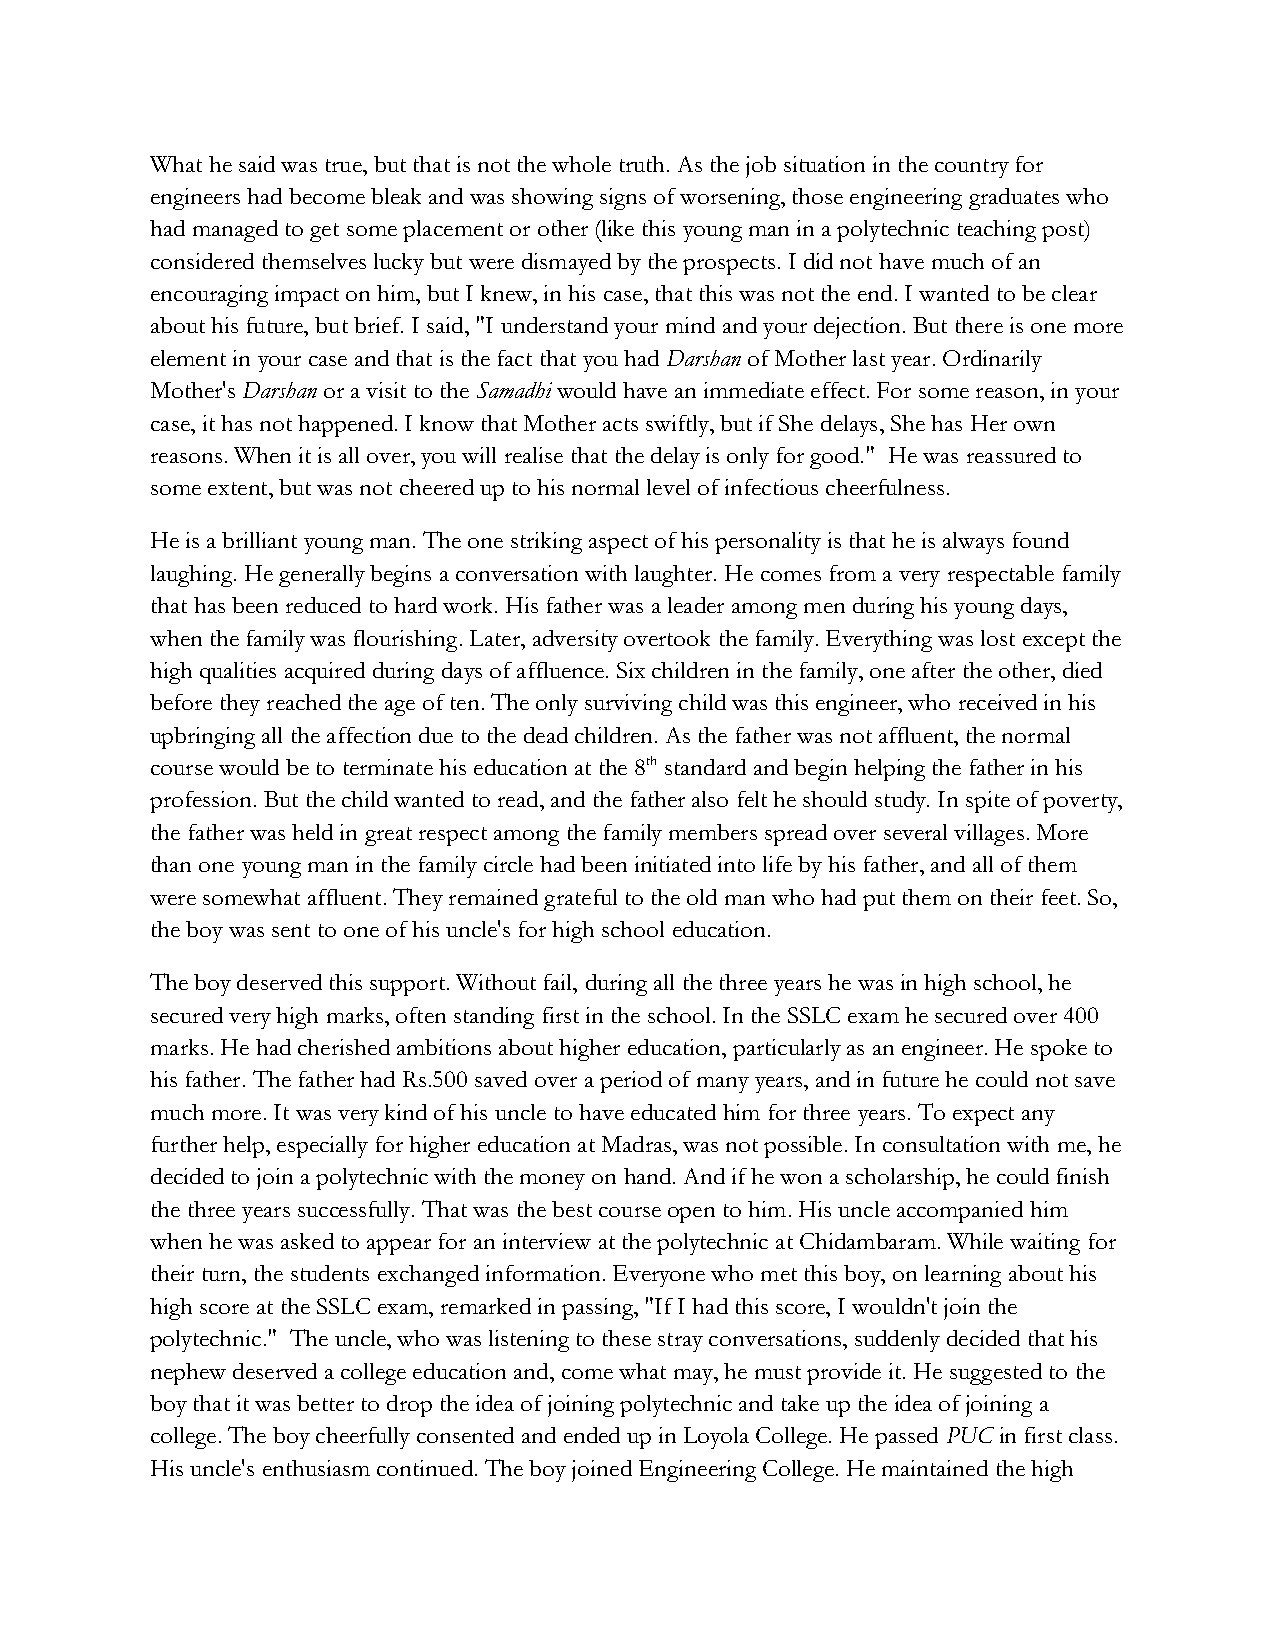
What he said was true, but that is not the whole truth. As the job situation in the country for
 engineers had become bleak and was showing signs of worsening, those engineering graduates who
 had managed to get some placement or other (like this young man in a polytechnic teaching post)
 considered themselves lucky but were dismayed by the prospects. I did not have much of an
 encouraging impact on him, but I knew, in his case, that this was not the end. I wanted to be clear
 about his future, but brief. I said, "I understand your mind and your dejection. But there is one more
 element in your case and that is the fact that you had Darshan of Mother last year. Ordinarily
 Mother's Darshan or a visit to the Samadhi would have an immediate effect. For some reason, in your
 case, it has not happened. I know that Mother acts swiftly, but if She delays, She has Her own
 reasons. When it is all over, you will realise that the delay is only for good." He was reassured to
 some extent, but was not cheered up to his normal level of infectious cheerfulness.
 He is a brilliant young man. The one striking aspect of his personality is that he is always found
 laughing. He generally begins a conversation with laughter. He comes from a very respectable family
 that has been reduced to hard work. His father was a leader among men during his young days,
 when the family was flourishing. Later, adversity overtook the family. Everything was lost except the
 high qualities acquired during days of affluence. Six children in the family, one after the other, died
 before they reached the age of ten. The only surviving child was this engineer, who received in his
 upbringing all the affection due to the dead children. As the father was not affluent, the normal
 course would be to terminate his education at the 8th standard and begin helping the father in his
 profession. But the child wanted to read, and the father also felt he should study. In spite of poverty,
 the father was held in great respect among the family members spread over several villages. More
 than one young man in the family circle had been initiated into life by his father, and all of them
 were somewhat affluent. They remained grateful to the old man who had put them on their feet. So,
 the boy was sent to one of his uncle's for high school education.
 The boy deserved this support. Without fail, during all the three years he was in high school, he
 secured very high marks, often standing first in the school. In the SSLC exam he secured over 400
 marks. He had cherished ambitions about higher education, particularly as an engineer. He spoke to
 his father. The father had Rs.500 saved over a period of many years, and in future he could not save
 much more. It was very kind of his uncle to have educated him for three years. To expect any
 further help, especially for higher education at Madras, was not possible. In consultation with me, he
 decided to join a polytechnic with the money on hand. And if he won a scholarship, he could finish
 the three years successfully. That was the best course open to him. His uncle accompanied him
 when he was asked to appear for an interview at the polytechnic at Chidambaram. While waiting for
 their turn, the students exchanged information. Everyone who met this boy, on learning about his
 high score at the SSLC exam, remarked in passing, "If I had this score, I wouldn't join the
 polytechnic." The uncle, who was listening to these stray conversations, suddenly decided that his
 nephew deserved a college education and, come what may, he must provide it. He suggested to the
 boy that it was better to drop the idea of joining polytechnic and take up the idea of joining a
 college. The boy cheerfully consented and ended up in Loyola College. He passed PUC in first class.
 His uncle's enthusiasm continued. The boy joined Engineering College. He maintained the high